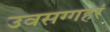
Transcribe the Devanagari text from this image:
उवसग्गहरं